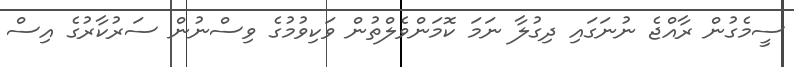
ސީމެގުން ރާއްޖެ ނުނަގައި ދިގުލާ ނަމަ ކޮމަންވެލްތުން ވަކިވުމުގެ ވިސްނުން ސަރުކާރުގެ އިސް